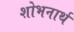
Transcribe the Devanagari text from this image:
शोभनार्थ